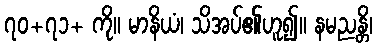
၇၀+၇၁+ ကို။ မာနိယံ၊ သိအပ်၏ဟူ၍။ နမညန္တိ၊